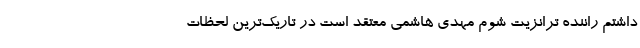
داشتم راننده ترانزیت شوم مهدی هاشمی معتقد است در تاریک‌ترین لحظات